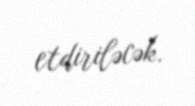
etdiriləcək.